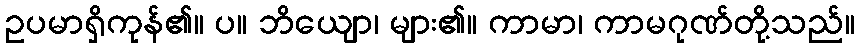
ဥပမာရှိကုန်၏။ ပ။ ဘိယျော၊ များ၏။ ကာမာ၊ ကာမဂုဏ်တို့သည်။